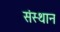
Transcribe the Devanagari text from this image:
संस्थान